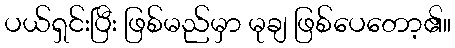
ပယ်ရှင်းပြီး ဖြစ်မည်မှာ မုချ ဖြစ်ပေတော့၏။